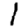
Digit: 1